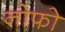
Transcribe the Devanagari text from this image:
नोफो